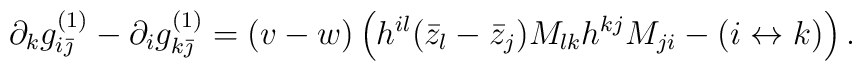
\partial_{k}g^{(1)}_{i\bar{\jmath}}-\partial_{i} g^{(1)}_{k\bar{\jmath}}=(v-w)\left( h^{il}(\bar{z}_{l}-\bar{z}_{j})M_{lk}h^{kj}M_{ji}-(i\leftrightarrow k)\right) .